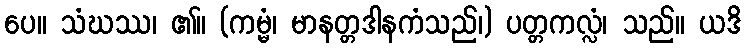
ပေ။ သံဃဿ၊ ၏။ (ကမ္မံ၊ မာနတ္တဒါနကံသည်၊) ပတ္တကလ္လံ၊ သည်။ ယဒိ